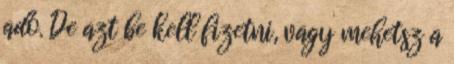
adó. De azt be kell fizetni, vagy mehetsz a